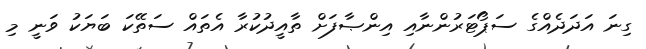
ގިނަ އަދަދެއްގެ ސަޕޯޓަރުންނާއި އިންޞާފަށް ތާއީދުކުރާ އެތައް ސަތޭކަ ބަޔަކު ވަނީ މި